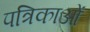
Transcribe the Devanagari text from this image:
पत्रिकाआें